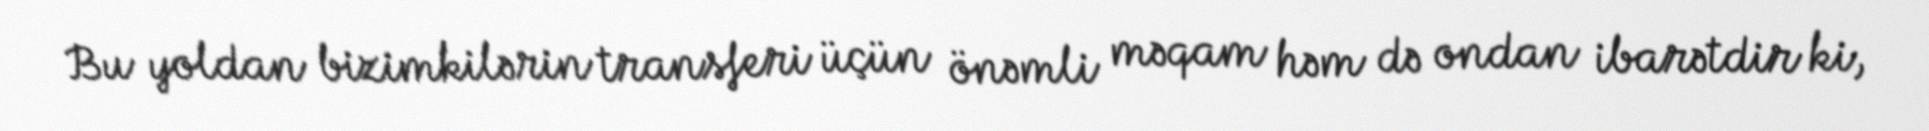
Bu yoldan bizimkilərin transferi üçün önəmli məqam həm də ondan ibarətdir ki,